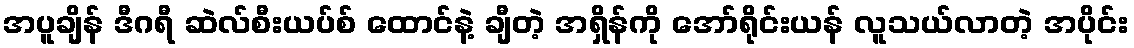
အပူချိန် ဒီဂရီ ဆဲလ်စီးယပ်စ် ထောင်နဲ့ ချီတဲ့ အရှိန်ကို အော်ရိုင်းယန် လူသယ်လာတဲ့ အပိုင်း